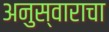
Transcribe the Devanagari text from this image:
अनुस्वाराचा